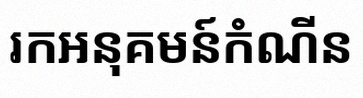
រកអនុគមន៍កំណើន